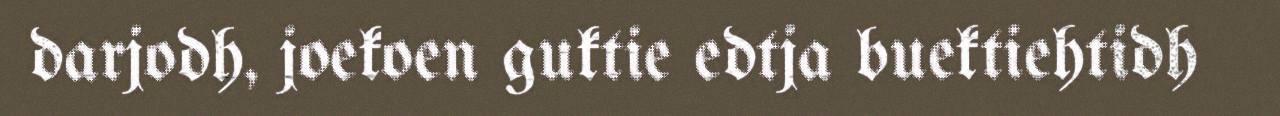
darjodh, joekoen guktie edtja buektiehtidh